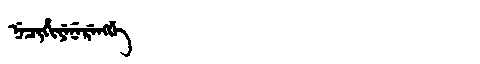
Manchu: ᠨᡝᠴᡳᡥᡳᠶᡝᠨᡝᡵᡝᠩᡤᡝ
Romanization: NECIHIYENERENGGE